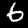
Label: 6